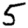
Digit: 5